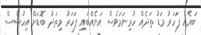
ބައެއް ފަހަރު މަޑު ތަދެއް ހުރިނަމަވެސް އަނެއްބައި ފަހަރު މިތަދު ބޮޑަށް އިހުސާސް